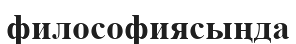
философиясыңда